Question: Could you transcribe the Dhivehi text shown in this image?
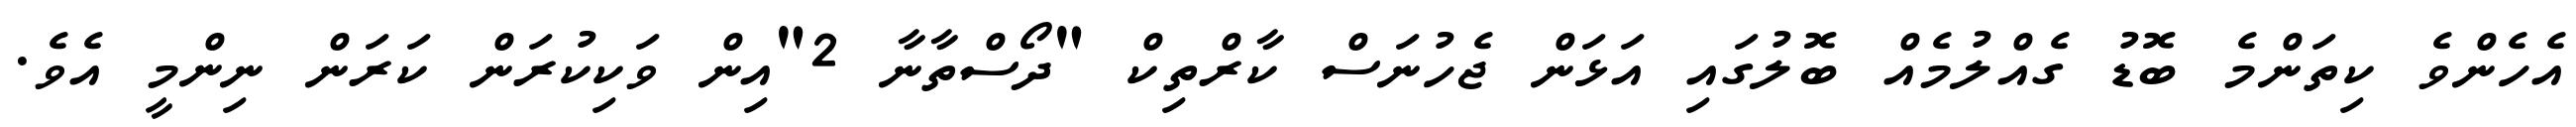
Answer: އެހެންވެ ކިތަންމެ ބޮޑު ގެއްލުމެއް ބޮލުގައި އަޅަން ޖެހުނަސް ކާރްތިކް "ދޯސްތާނާ 2"އިން ވަކިކުރަން ކަރަން ނިންމީ އެވެ.